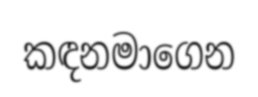
කඳනමාගෙන